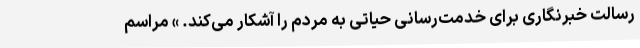
رسالت خبرنگاری برای خدمت‌رسانی حیاتی به مردم را آشکار می‌کند. » مراسم